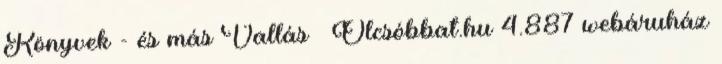
Könyvek - és más Vallás – Olcsóbbat.hu 4.887 webáruház